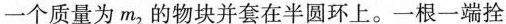
一个质量为m_{2}的物块并套在半圆环上。一根一端拴